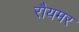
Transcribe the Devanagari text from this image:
रौयमर